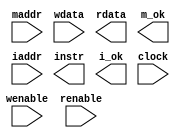
module bmemory(maddr, wenable, wdata, renable, rdata, m_ok,iaddr, instr, i_ok, clock);
parameter memsize = 8192; // Number of bytes in memory
input [63:0] maddr; // Read/Write address
input wenable; // Write enable
input [63:0] wdata; // Write data
input renable; // Read enable
output [63:0] rdata; // Read data
output m_ok; // Read & write addresses within range
input [63:0] iaddr; // Instruction address
output [79:0] instr; // 10 bytes of instruction
output i_ok; // Instruction address within range
input clock;
endmodule


// This module implements a dual-ported RAM.
// with clocked write and combinational read operations.
// This version matches the conceptual model presented in the CS:APP book,

module ram(clock, addrA, wEnA, wDatA, rEnA, rDatA,
addrB, wEnB, wDatB, rEnB, rDatB);

parameter wordsize = 8; // Number of bits per word
parameter wordcount = 512; // Number of words in memory
 // Number of address bits. Must be >= log wordcount
 parameter addrsize = 9;

 input clock; // Clock
 // Port A
 input [addrsize-1:0] addrA; // Read/write address
 input wEnA; // Write enable
 input [wordsize-1:0] wDatA; // Write data
 input rEnA; // Read enable
 output [wordsize-1:0] rDatA; // Read data
 // Port B
 input [addrsize-1:0] addrB; // Read/write address
 input wEnB; // Write enable
 input [wordsize-1:0] wDatB; // Write data
 input rEnB; // Read enable
 output [wordsize-1:0] rDatB; // Read data

 // Actual storage
 reg [wordsize-1:0] mem[wordcount-1:0];

 always @(posedge clock)
 begin
 if (wEnA)
 begin
 mem[addrA] <= wDatA;
 end
 end
 // Combinational reads
 assign rDatA = mem[addrA];

 always @(posedge clock)
  begin
 if (wEnB)
 begin
 mem[addrB] <= wDatB;
 end
 end
 // Combinational reads
 assign rDatB = mem[addrB];

 endmodule